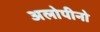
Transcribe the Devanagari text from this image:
अलोपीनो